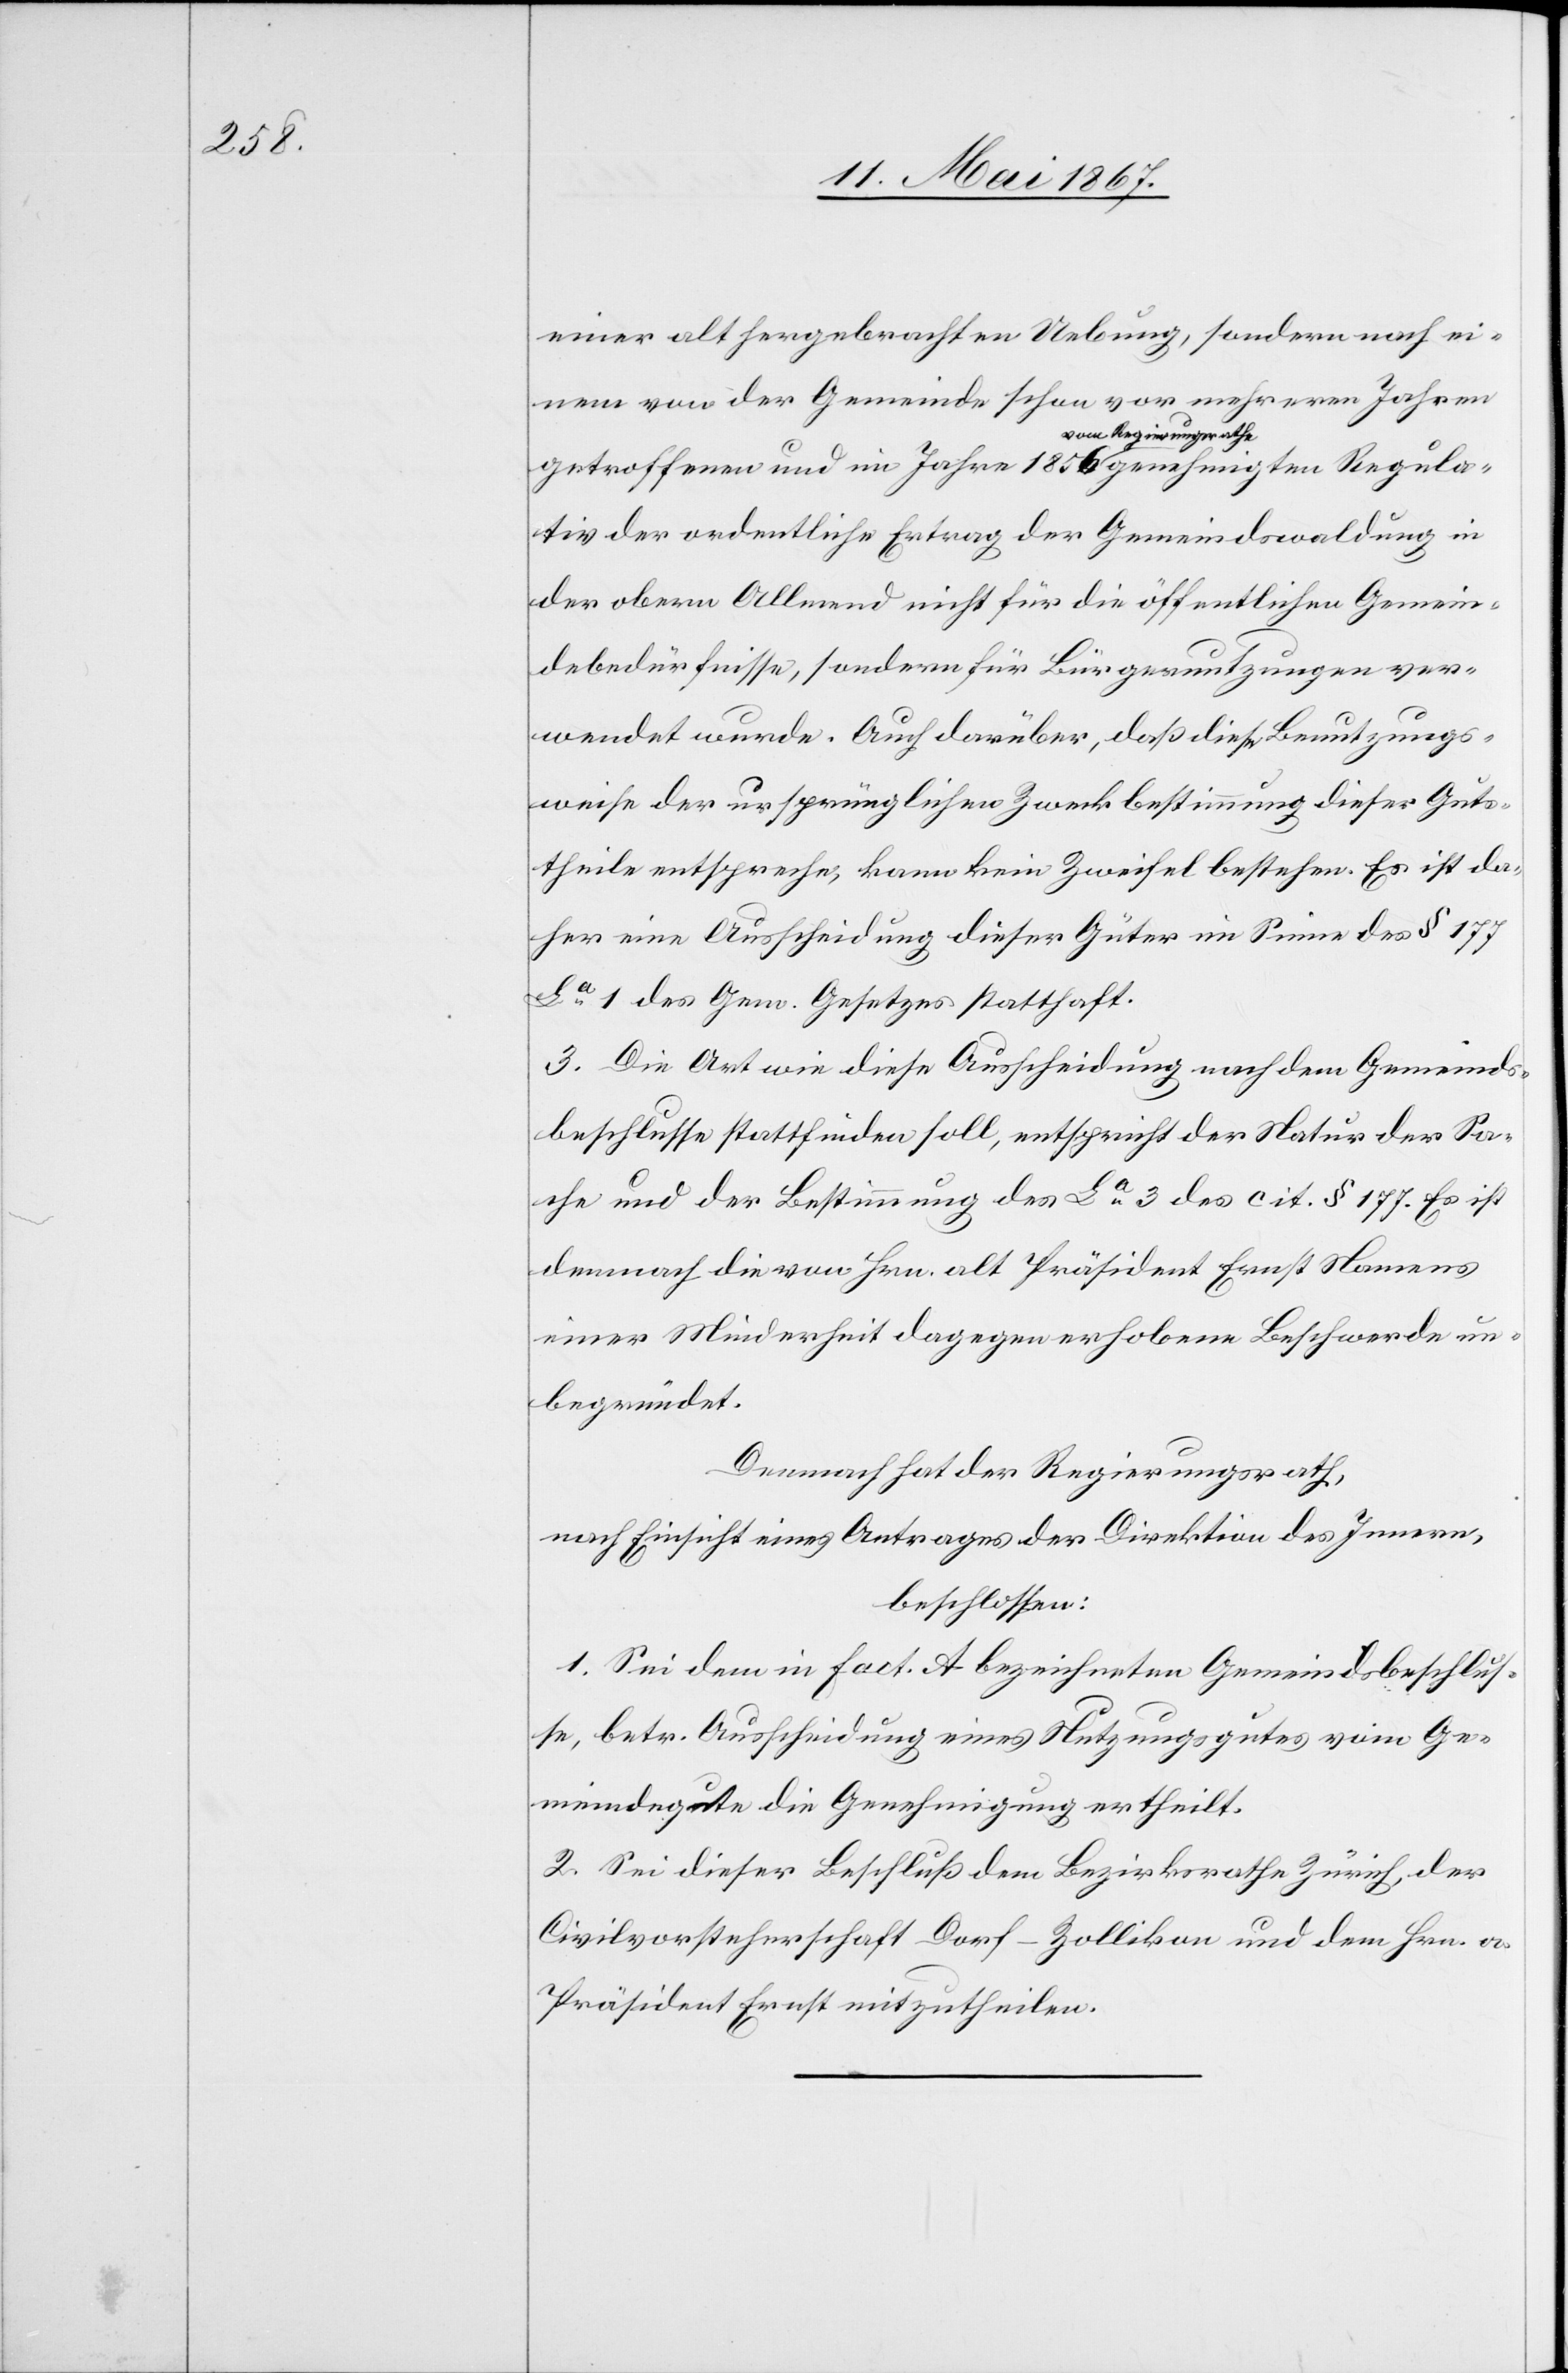
einer alt hergebrachten Uebung, sondern nach ei¬
nem von der Gemeinde schon vor mehreren Jahren
getroffenen und im Jahre 1856 vom Regierungsrathe genehmigten Regula¬
tiv der ordentliche Ertrag der Gemeindswaldung in
der obern Allmend nicht für die öffentlichen Gemein¬
dsbedürfnisse, sondern für Bürgernutzungen ver¬
wendet wurde. Auch darüber, daß diese Benutzungs¬
weise der ursprünglichen Zweckbestimmung dieser Guts¬
theile entspreche, kann kein Zweifel bestehen. Es ist da¬
her eine Ausscheidung dieser Güter im Sinne des § 177
La. 1 des Gem. Gesetzes statthaft.
3. Die Art wie diese Ausscheidung nach dem Gemeinds¬
beschlusse stattfinden soll, entspricht der Natur der Sa¬
che und der Bestimmung des La. 3 des cit. § 177. Es ist
demnach die von Hrn. alt Präsident Ernst Namens
einer Minderheit dagegen erhobenen Beschwerde un¬
begründet.
Demnach hat der Regierungsrath,
nach Einsicht eines Antrages der Direktion des Innern,
beschlossen:
1. Sei dem in Fact. A bezeichneten Gemeindsbeschlus¬
se, betr. Ausscheidung eines Nutzungsgutes vom Ge¬
meindegute die Genehmigung ertheilt.
2. Sei dieser Beschluß dem Bezirksrathe Zürich, der
Civilvorsteherschaft Dorf-Zollikon und dem Hrn. a.
Präsident Ernst mitzutheilen.